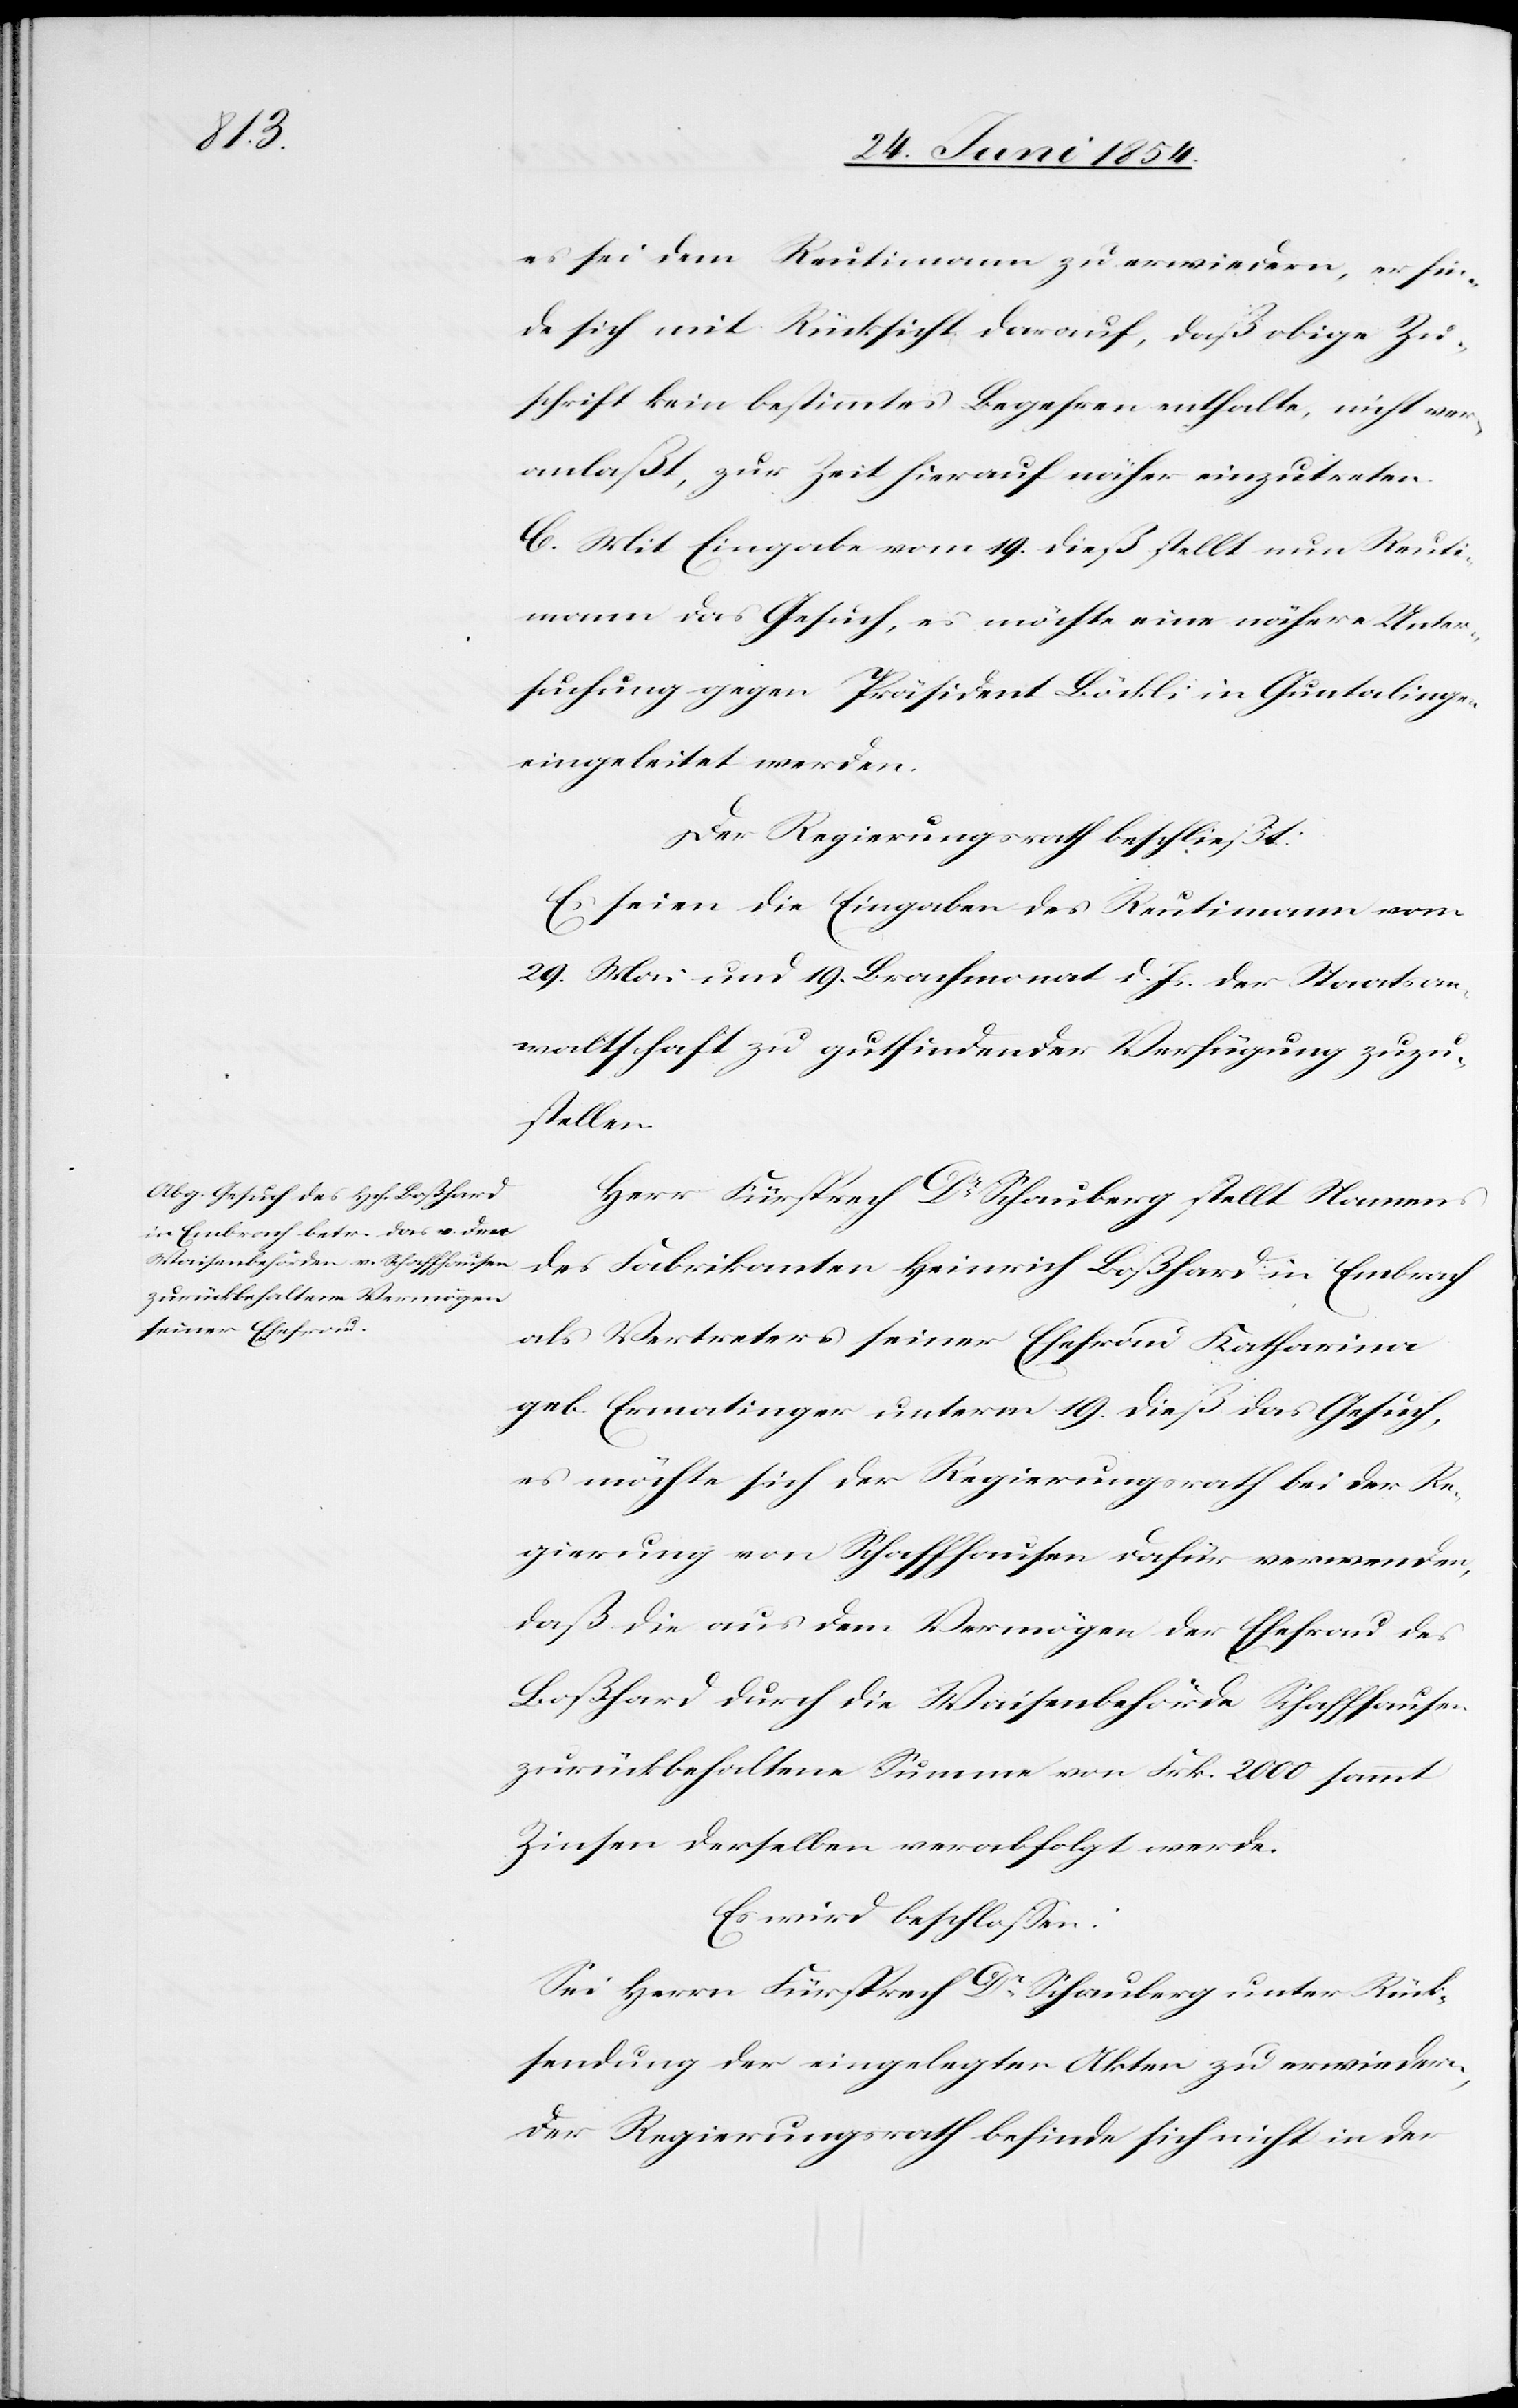
es sei dem Reutimann zu erwiedern, er fin¬
de sich mit Rücksicht darauf, daß obige Zu¬
schrift kein bestimmtes Begehren enthalte, nicht ver¬
anlaßt, zur Zeit hierauf näher einzutreten.
C. Mit Eingabe vom 19. dieß stellt nun Reuti¬
mann das Gesuch, es möchte eine nähere Unter¬
suchung gegen Präsident Böckli in Guntalingen
eingeleitet werden.
Der Regierungsrath beschließt:
Es seien die Eingabe des Reutimann vom
29. Mai und 19. Brachmonat d. Js. der Staatsan¬
waltschaft zu gutfindender Verfügung zuzu¬
stellen.
Herr Fürsprech Dr Schauberg stellt Namens
des Fabrikanten Heinrich Boßhard in Embrach
als Vertreter seiner Ehefrau Katharina
geb. Ermatinger unterm 19. dieß das Gesuch,
es möchte sich der Regierungsrath bei der Re¬
gierung von Schaffhausen dafür verwenden,
daß die aus dem Vermögen der Ehefrau des
Boßhard durch die Waisenbehörde Schaffhausen
zurückbehaltene Summe von Frk. 2000 sammt
Zinsen derselben verabfolgt werde.
Es wird beschloßen:
Sei Herrn Fürsprech Dr Schauberg unter Rück¬
sendung der eingelegten Akten zu erwiedern,
der Regierungsrath befinde sich nicht in der